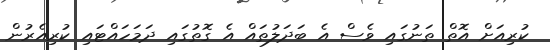
ކުރިއަށް އޮތް ތަނުގައި ވެސް އެ ބަދަލުތައް އެ ގޮތުގައި ދަމަހައްޓައި ކުރިއެރުން